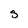
Character: s